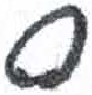
אות: ס